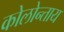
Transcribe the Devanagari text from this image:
कोलोन्ताय